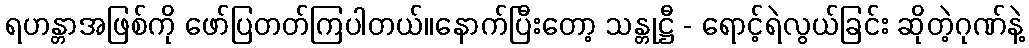
ရဟန္တာအဖြစ်ကို ဖော်ပြတတ်ကြပါတယ်။နောက်ပြီးတော့ သန္တုဋ္ဌီ - ရောင့်ရဲလွယ်ခြင်း ဆိုတဲ့ဂုဏ်နဲ့